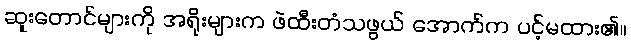
ဆူးတောင်များကို အရိုးများက ဖဲထီးတံသဖွယ် အောက်က ပင့်မထား၏။